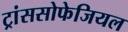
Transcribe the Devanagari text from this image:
ट्रांससोफेजियल